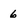
Character: 6